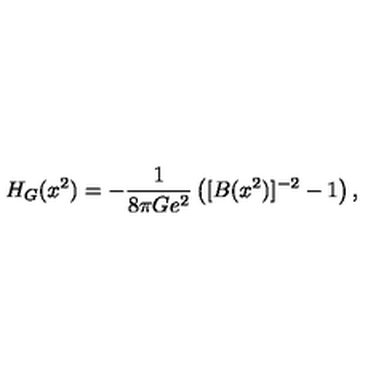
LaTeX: H _ { G } ( x ^ { 2 } ) = - { \frac { 1 } { 8 \pi G e ^ { 2 } } } \left( [ B ( x ^ { 2 } ) ] ^ { - 2 } - 1 \right) ,